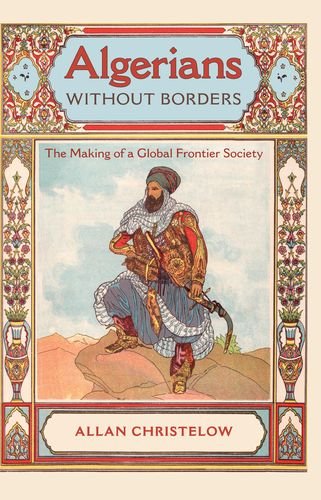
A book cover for Algerians without Borders: The Making of a Global Frontier Society; Allan Christelow; History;